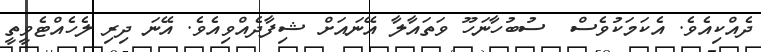
ދެއްކިއެވެ. އެކަމަކުވެސް  ސުބުހާނަހޫ ވަތައާލާ އޭނައަށް ޝިފާދެއްވިއެވެ. އޭނަ ދިރި ލެހެއްޓެވީތީ